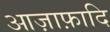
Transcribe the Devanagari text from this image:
आज़ाफ़ादि